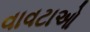
વાવટાઓ